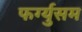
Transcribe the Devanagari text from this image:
फर्ग्युसम